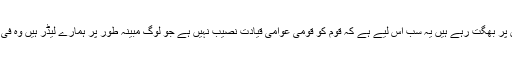
آج پاکستان کے اٹھارہ کروڑ عوام ہر زیادتی برداشت کر رہے ہیں اور اپنی جانوں پر بھگت رہے ہیں یہ سب اس لیے ہے کہ قوم کو قومی عوامی قیادت نصیب نہیں ہے جو لوگ مبینہ طور پر ہمارے لیڈر ہیں وہ فی الحال باہم دگر دست و گریباں ہیں کسی نئی حکومت میں کسی کا کتنا حصہ ہو گا۔